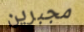
مجبرين